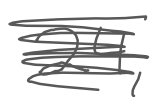
Text: 24,
Cross-out: scratch
Writing tool: digital_gray